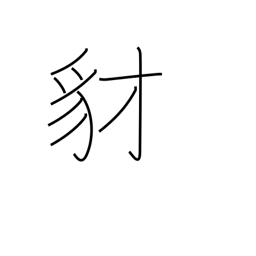
Meaning: jackal